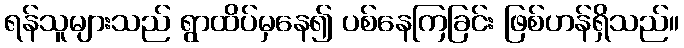
ရန်သူများသည် ရွာထိပ်မှနေ၍ ပစ်နေကြခြင်း ဖြစ်ဟန်ရှိသည်။